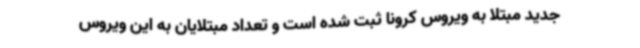
جدید مبتلا به ویروس کرونا ثبت شده است و تعداد مبتلایان به این ویروس